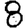
Digit: 8